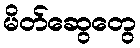
မိတ်ဆွေတွေ